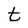
Character: t